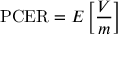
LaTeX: \mathrm { P C E R } = E \left[ { \frac { V } { m } } \right]